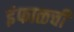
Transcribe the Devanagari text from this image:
इंफाळची